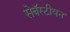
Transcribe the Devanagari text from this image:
सेबॅस्टीयन